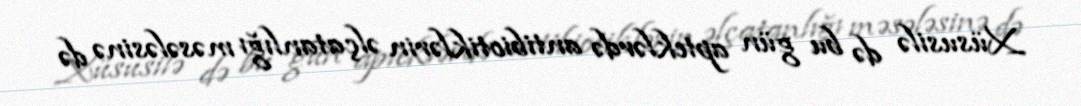
Xüsusilə də bu gün apteklərdə antibiotiklərin əlçatanlığı məsələsinə də